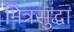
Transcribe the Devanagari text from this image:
मित्रसुद्धा